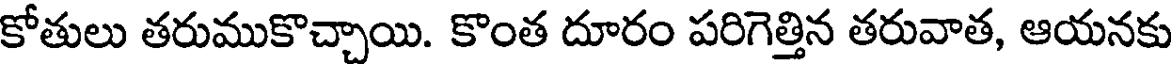
కోతులు తరుముకొచ్చాయి. కొంత దూరం పరిగెత్తిన తరువాత, ఆయనకు